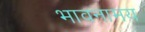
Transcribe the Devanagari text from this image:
भावनामय